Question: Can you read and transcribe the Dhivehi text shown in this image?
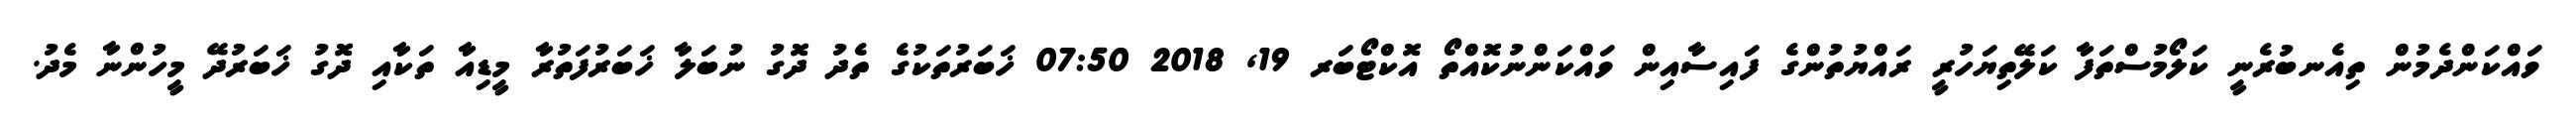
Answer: ވައްކަންދެމުން ތިއެނބުރެނީ ކަލޯމުސްތަފާ ކަލޭތިޔަހުރީ ރައްޔުތުންގެ ފައިސާއިން ވައްކަންނުކޮއްތޯ އޮކްޓޯބަރ 19, 2018 07:50 ޚަބަރުތަކުގެ ތެދު ދޮގު ނުބަލާ ޚަބަރުފަތުރާ މީޑިއާ ތަކާއި ދޮގު ޚަބަރުދޭ މީހުންނާ މެދު.